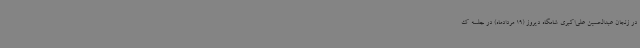
در زنجان عبدالحسین علی‌اکبری شامگاه دیروز (19 مردادماه) در جلسه ک